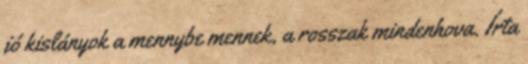
jó kislányok a mennybe mennek, a rosszak mindenhova. Írta